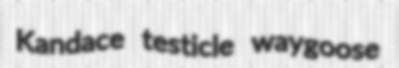
Kandace testicle waygoose